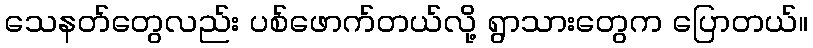
သေနတ်တွေလည်း ပစ်ဖောက်တယ်လို့ ရွာသားတွေက ပြောတယ်။